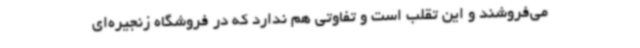
می‌فروشند و این تقلب است و تفاوتی هم ندارد که در فروشگاه زنجیره‌ای